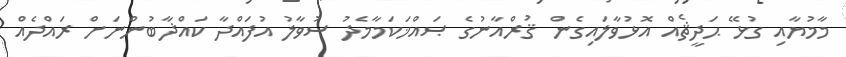
މާމުޔާއި ގުޅޭ ޙަދީޘެއް އޮޅުވާލައިގެން ޤުރްއާނުގެ ޞައްޚަކަމާމެދު ސުވާލު އުފައްދާ ކައްޛާބުންނަށް ރައްދެއް